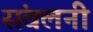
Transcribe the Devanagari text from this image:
संवलनी